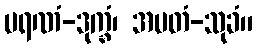
မရဏံ-ဒုက္ခံ၊ အမတံ-သုခံ။